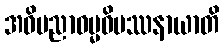
အဓိပညာဓမ္မဝိပဿနာယာတိ